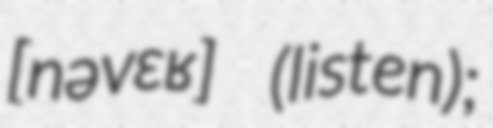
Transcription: [nəvɛʁ] (listen);